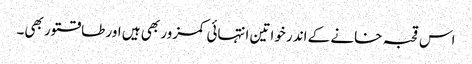
اس قحبہ خانے کے اندر خواتین انتہائی کمزور بھی ہیں اور طاقتور بھی۔